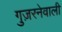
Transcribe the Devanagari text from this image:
गुज़रनेवाली